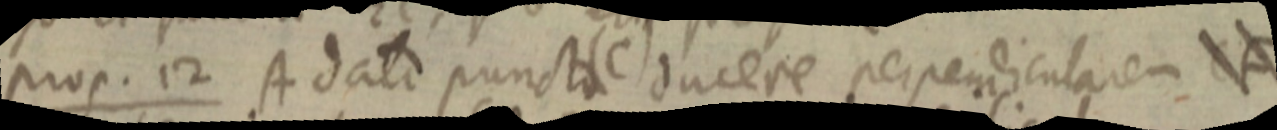
prop. 12 A dato puncta (C) ducere perpendicularem _